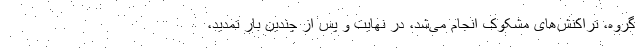
گروه، تراکنش‌های مشکوک انجام می‌شد، در نهایت و پس از چندین بار تمدید،